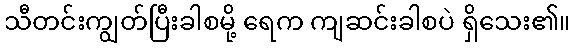
သီတင်းကျွတ်ပြီးခါစမို့ ရေက ကျဆင်းခါစပဲ ရှိသေး၏။